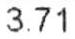
3.71